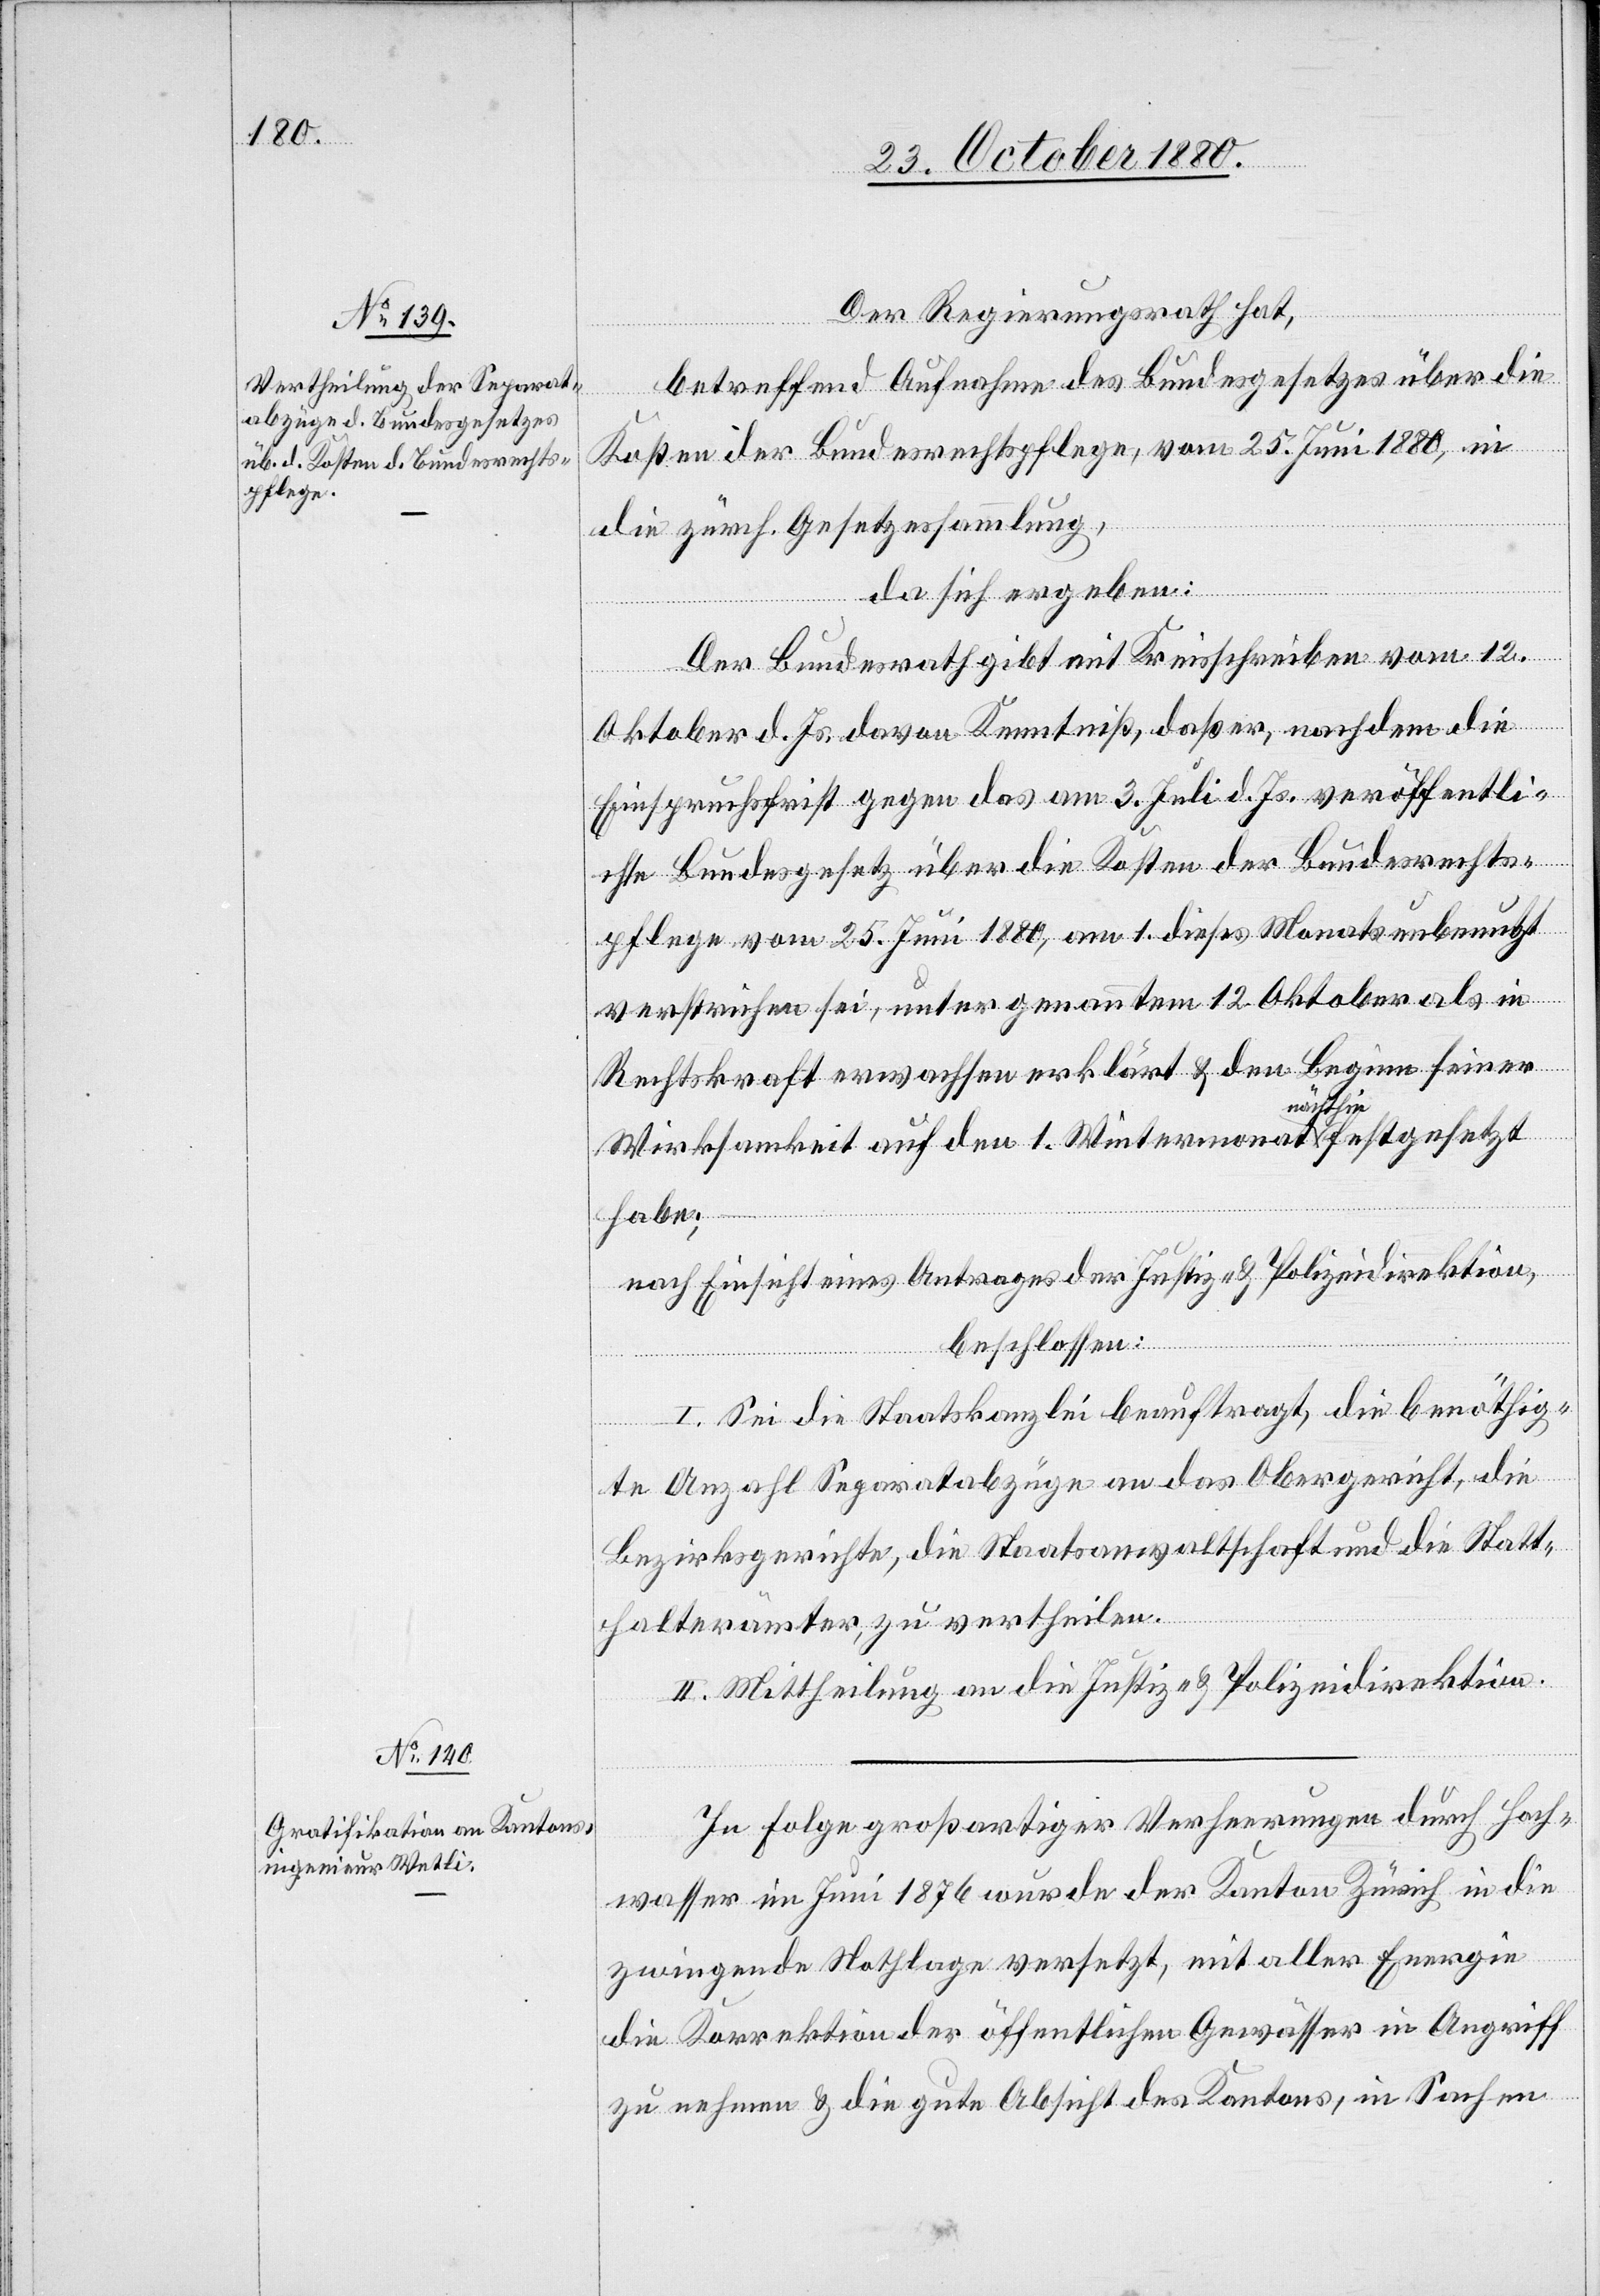
Der Regierungsrath hat,
betreffend Aufnahme des Bundesgesetzes über die
Kosten der Bundesrechtspflege, vom 25. Juni 1880, in
die zürch. Gesetzessammlung,
da sich ergeben:
Der Bundesrath gibt mit Kreisschreiben vom 12.
Oktober d. Js., davon Kenntniß, daß er, nachdem die
Einspruchsfrist gegen das am 3. Juli d. Js. veröffentli¬
chte Bundesgesetz über die Kosten der Bundesrechts¬
pflege vom 25. Juni 1880, am 1. dieses Monats unbenutzt
verstrichen sei, unter genanntem 12. Oktober als in
Rechtskraft erwachsen erklärt & den Beginn seiner
Wirksamkeit auf den 1. Wintermonat nächsthin festgesetzt
habe;
nach Einsicht eines Antrages der Justiz- & Polizeidirektion,
beschlossen:
I. Sei die Staatskanzlei beauftragt, die benöthig¬
te Anzahl Separatabzüge an das Obergericht, die
Bezirksgerichte, die Staatsanwaltschaft und die Statt¬
halterämter, zu vertheilen.
II. Mittheilung an die Justiz- & Polizeidirektion.
In Folge großartiger Verheerungen durch Hoch¬
wasser im Juni 1876 wurde der Kanton Zürich in die
zwingende Notlage versetzt, mit aller Energie
die Korrektion der öffentlichen Gewässer in Angriff
zu nehmen & die gute Absicht des Kantons, in Sachen